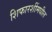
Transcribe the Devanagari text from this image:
शिफारशींमधील